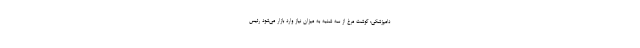
دامپزشکی: گوشت مرغ از سه شنبه به میزان نیاز وارد بازار می‌شود رئیس